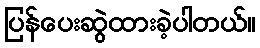
ပြန်ပေးဆွဲထားခဲ့ပါတယ်။